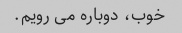
خوب، دوباره می رویم.